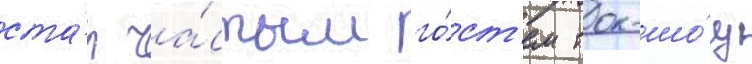
ста́л ча́стым го́ст'ем ток-шо́у